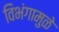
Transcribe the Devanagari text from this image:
विभंगामुळे